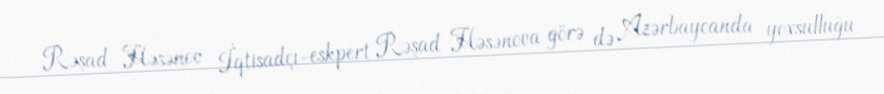
Rəşad Həsənov İqtisadçı-eskpert Rəşad Həsənova görə də Azərbaycanda yoxsulluğu